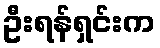
ဦးရန်ရှင်းက